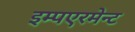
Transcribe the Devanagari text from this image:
इम्पएरमेन्ट